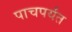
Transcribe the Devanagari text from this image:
पाचपर्यंत